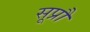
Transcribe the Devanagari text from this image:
सूप्रौ